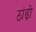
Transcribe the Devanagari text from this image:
ठांढ़ो